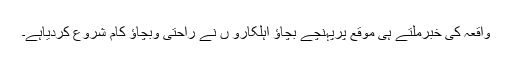
واقعہ کی خبرملتے ہی موقع پرپہنچے بچاؤ اہلکارو ں نے راحتی وبچاؤ کام شروع کردیاہے۔